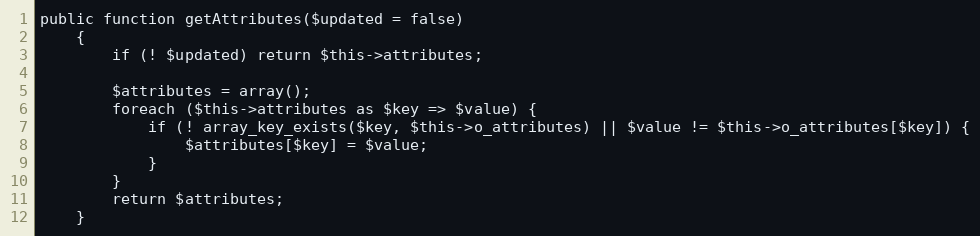
Language: PHP
public function getAttributes($updated = false)
    {
        if (! $updated) return $this->attributes;

        $attributes = array();
        foreach ($this->attributes as $key => $value) {
            if (! array_key_exists($key, $this->o_attributes) || $value != $this->o_attributes[$key]) {
                $attributes[$key] = $value;
            }
        }
        return $attributes;
    }